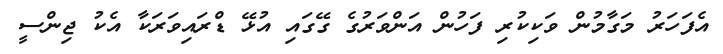
އެފަހަރު މަގާމުން ވަކިކުރި ފަހުން އަންވަރުގެ ގޭގައި އުޅޭ ޑްރައިވަރަކާ އެކު ޖިންސީ